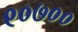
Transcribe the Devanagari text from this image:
९०७००